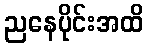
ညနေပိုင်းအထိ